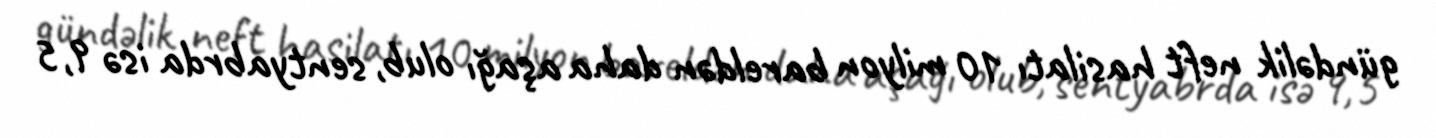
gündəlik neft hasilatı 10 milyon bareldən daha aşağı olub, sentyabrda isə 9,5